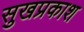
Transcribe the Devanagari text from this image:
सुखप्रकाश